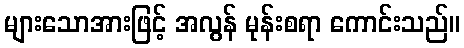
များသောအားဖြင့် အလွန် မုန်းစရာ ကောင်းသည်။